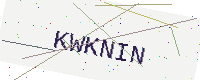
Text: KWKNIN